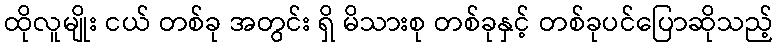
ထိုလူမျိုး ငယ် တစ်ခု အတွင်း ရှိ မိသားစု တစ်ခုနှင့် တစ်ခုပင်ပြောဆိုသည့်